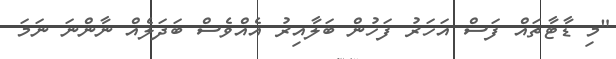
"މި ޑާޓާތައް ފަސް އަހަރު ފަހުން ބަލާއިރު އެއްވެސް ބަދަލެއް ނާންނަ ނަމަ